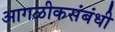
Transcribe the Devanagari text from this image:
आगळीकसंबंधी